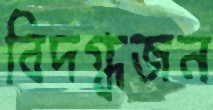
বিদগ্ধজন